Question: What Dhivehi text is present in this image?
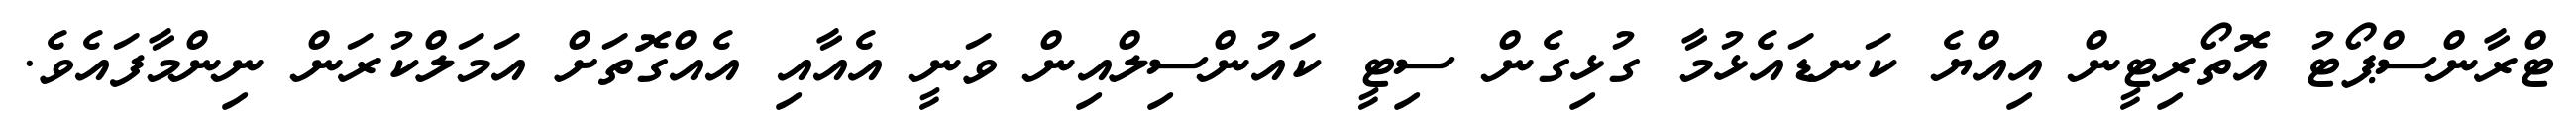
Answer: ޓްރާންސްޕޯޓު އޮތޯރިޓީން އިއްޔެ ކަނޑައެޅުމާ ގުޅިގެން ސިޓީ ކައުންސިލްއިން ވަނީ އެއާއި އެއްގޮތަށް އަމަލްކުރަން ނިންމާފައެވެ.